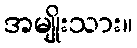
အမျိုးသား။